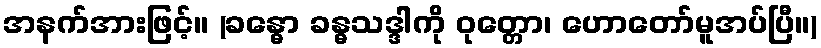
အနက်အားဖြင့်။ (ခန္ဓော ခန္ဓသဒ္ဒါကို ဝုတ္တော၊ ဟောတော်မူအပ်ပြီ။)